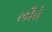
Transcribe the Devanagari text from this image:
लौते